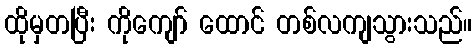
ထိုမှတပြီး ကိုကျော် ထောင် တစ်လကျသွားသည်။